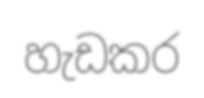
හැඩකර